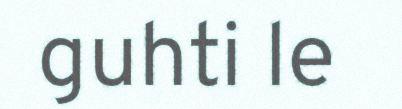
guhti le